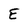
Character: E